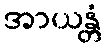
အာယန္တံ